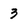
Character: 3